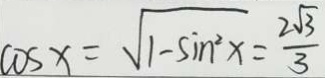
\cos x = \sqrt { 1 - 5 \sin ^ { 2 } x } = \frac { 2 \sqrt { 3 } } { 3 }